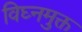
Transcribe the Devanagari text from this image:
विघ्नमुक्त